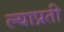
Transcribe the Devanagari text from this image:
ल्याप्रती